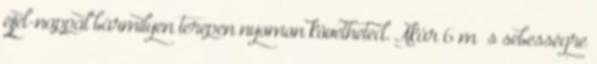
éjjel-nappal bármilyen terepen nyomon követheted. Akár 6 m s sebességre